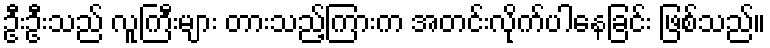
ဦးဦးသည် လူကြီးများ တားသည့်ကြားက အတင်းလိုက်ပါနေခြင်း ဖြစ်သည်။